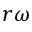
r \omega